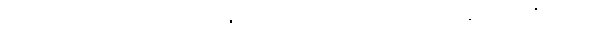
ရခိုင်ကဒေသအများစုကို အာရက္ခတပ်တော် (အေအေ) က ထိန်းချုပ်ထားပြီဖြစ်ပေမဲ့